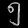
Digit: ၅